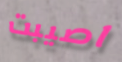
اصيبت